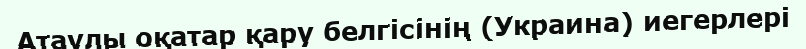
Атаулы оқатар қару белгісінің (Украина) иегерлері